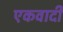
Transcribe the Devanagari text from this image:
एकवादी